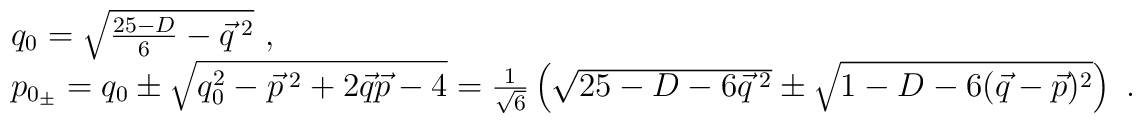
\begin{array}{l}   q_0 = \sqrt{\frac{25-D}{6} - \vec{q}^{\;2}} \ , \\ p_{0_{\pm}} = q_0 \pm  \sqrt{q_0^{2} - \vec{p}^{\;2} + 2\vec{q}\vec{p} - 4} =   \frac{1}{\sqrt{6}} \left( \sqrt{25-D - 6\vec{q}^{\;2} } \pm   \sqrt{ 1-D - 6(\vec{q} - \vec{p})^2 } \right) \ . \end{array}